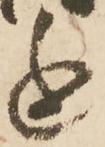
進